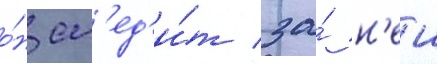
о́н сл'ед'и́т за́ н'еи